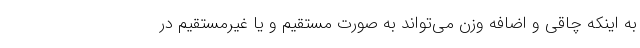
به اینکه چاقی و اضافه وزن می‌تواند به صورت مستقیم و یا غیرمستقیم در